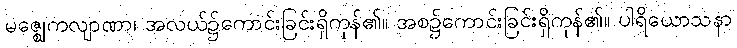
မဇ္ဈေကလျာဏာ၊ အလယ်၌ကောင်းခြင်းရှိကုန်၏။ အစ၌ကောင်းခြင်းရှိကုန်၏။ ပါရိယောသနာ